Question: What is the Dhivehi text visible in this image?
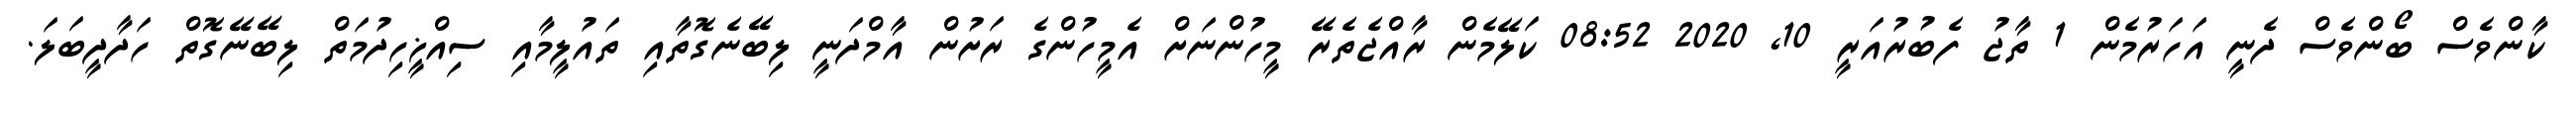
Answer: ކާންވެސް ބޯންވެސް ދެނީ އަހަރުމެން 1 ތާޖު ފެބުރުއަރީ 10, 2020 08:52 ކަލޭމެން ރާއްޖެތެރޭ މީހުންނަށް އެމީހުންގެ ރަށުން އާމްދަނީ ލިބޭނެގޮތާއި ތައުލީމާއި ސިއްޚީހިދުމަތް ލިބޭނޭގޮތް ހަދާދީބަލަ.